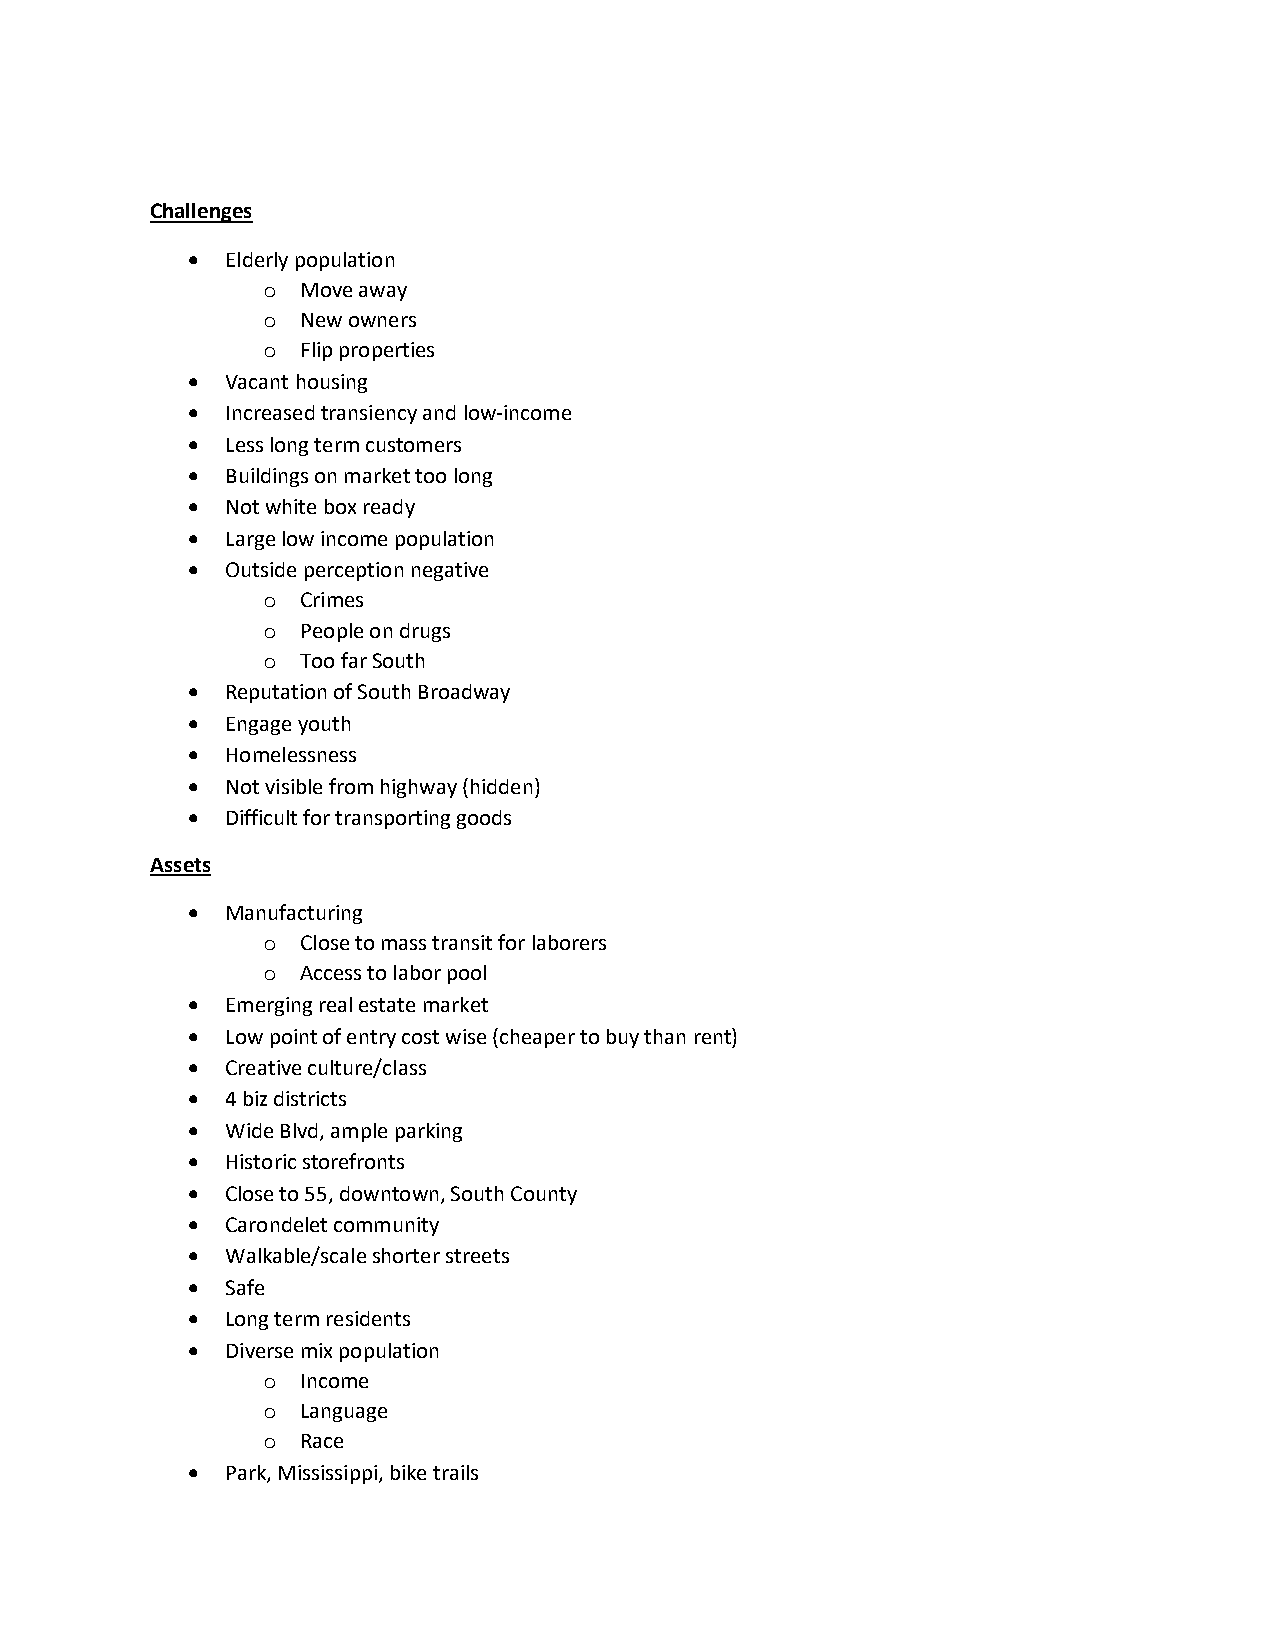
Challenges
   Elderly population
 o  Move away
 o  New owners
 o  Flip properties
   Vacant housing
   Increased transiency and low-income
   Less long term customers
   Buildings on market too long
   Not white box ready
   Large low income population
   Outside perception negative
 o  Crimes
 o  People on drugs
 o  Too far South
   Reputation of South Broadway
   Engage youth
   Homelessness
   Not visible from highway (hidden)
   Difficult for transporting goods
 Assets
   Manufacturing
 o  Close to mass transit for laborers
 o  Access to labor pool
   Emerging real estate market
   Low point of entry cost wise (cheaper to buy than rent)
   Creative culture/class
   4 biz districts
   Wide Blvd, ample parking
   Historic storefronts
   Close to 55, downtown, South County
   Carondelet community
   Walkable/scale shorter streets
   Safe
   Long term residents
   Diverse mix population
 o  Income
 o  Language
 o  Race
   Park, Mississippi, bike trails